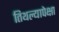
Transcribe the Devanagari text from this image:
तिथल्यापेक्षा